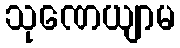
သုဏေယျာမ